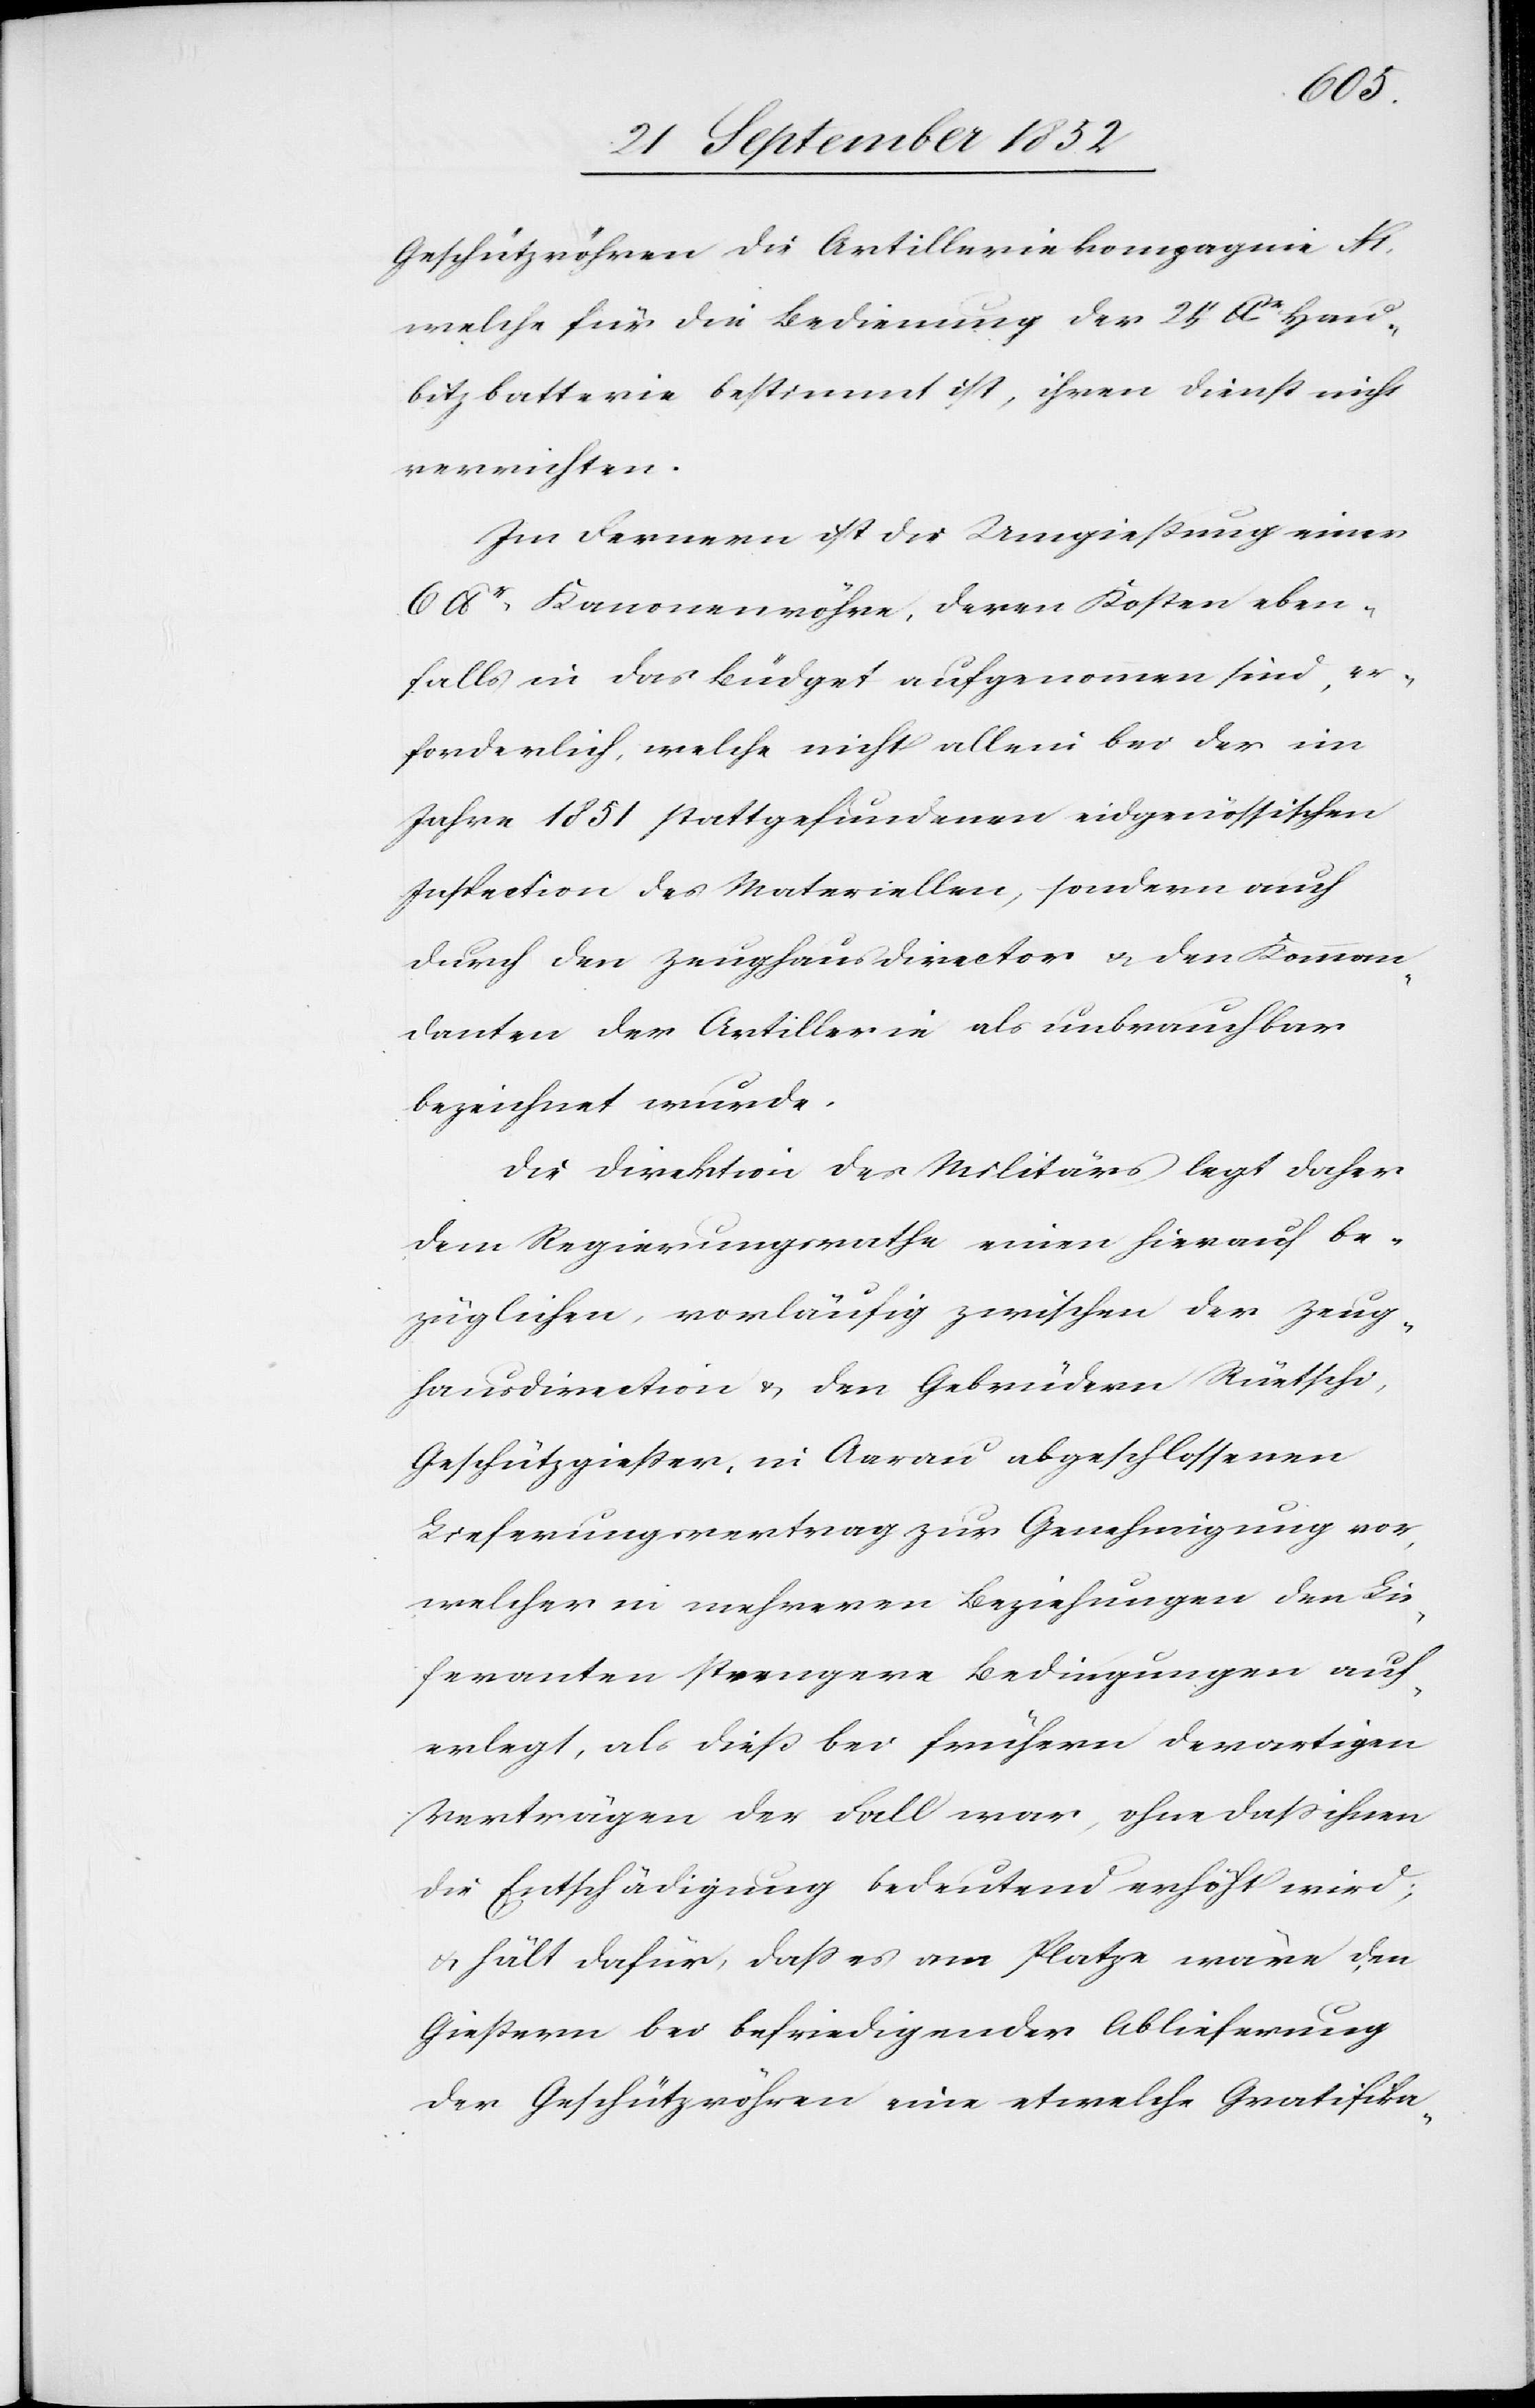
Geschützröhren die Artilleriekompagnie N
welche für die Bedienung der 24 lbr. Hau¬
bitzbatterie bestimmt ist, ihren Dienst nicht
verrichten.
Im Fernern ist die Umgießung einer
6 lbr. Kanonenröhre, deren Kosten eben¬
falls in das Büdget aufgenommen sind, er¬
forderlich, welche nicht allein bei der im
Jahre 1851 stattgefundenen eidgenössischen
Inspection des Materiellen, sondern auch
durch den Zeughausdirector & den Komman¬
danten der Artillerie als unbrauchbar
bezeichnet wurde.
Die Direktion des Militärs legt daher
dem Regierungsrathe einen hierauf be¬
züglichen, vorläufig zwischen der Zeug¬
hausdirection & den Gebrüdern Rüetschi
Geschützgießer, in Aarau abgeschlossenen
Lieferungsvertrag zur Genehmigung vor,
welcher in mehreren Beziehungen den Lie¬
feranten strengere Bedingungen auf¬
erlegt, als dieß bei frühern derartigen
Verträgen der Fall war, ohne dass ihnen
die Entschädigung bedeutend erhöht wird;
& hält dafür, dass es am Platze wäre, den
Gießern bei befriedigender Ablieferung
der Geschützröhren eine etwelche Gratifika-